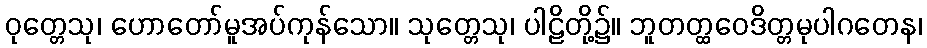
ဝုတ္တေသု၊ ဟောတော်မူအပ်ကုန်သော။ သုတ္တေသု၊ ပါဠိတို့၌။ ဘူတတ္ထဝေဒိတ္တမုပါဂတေန၊